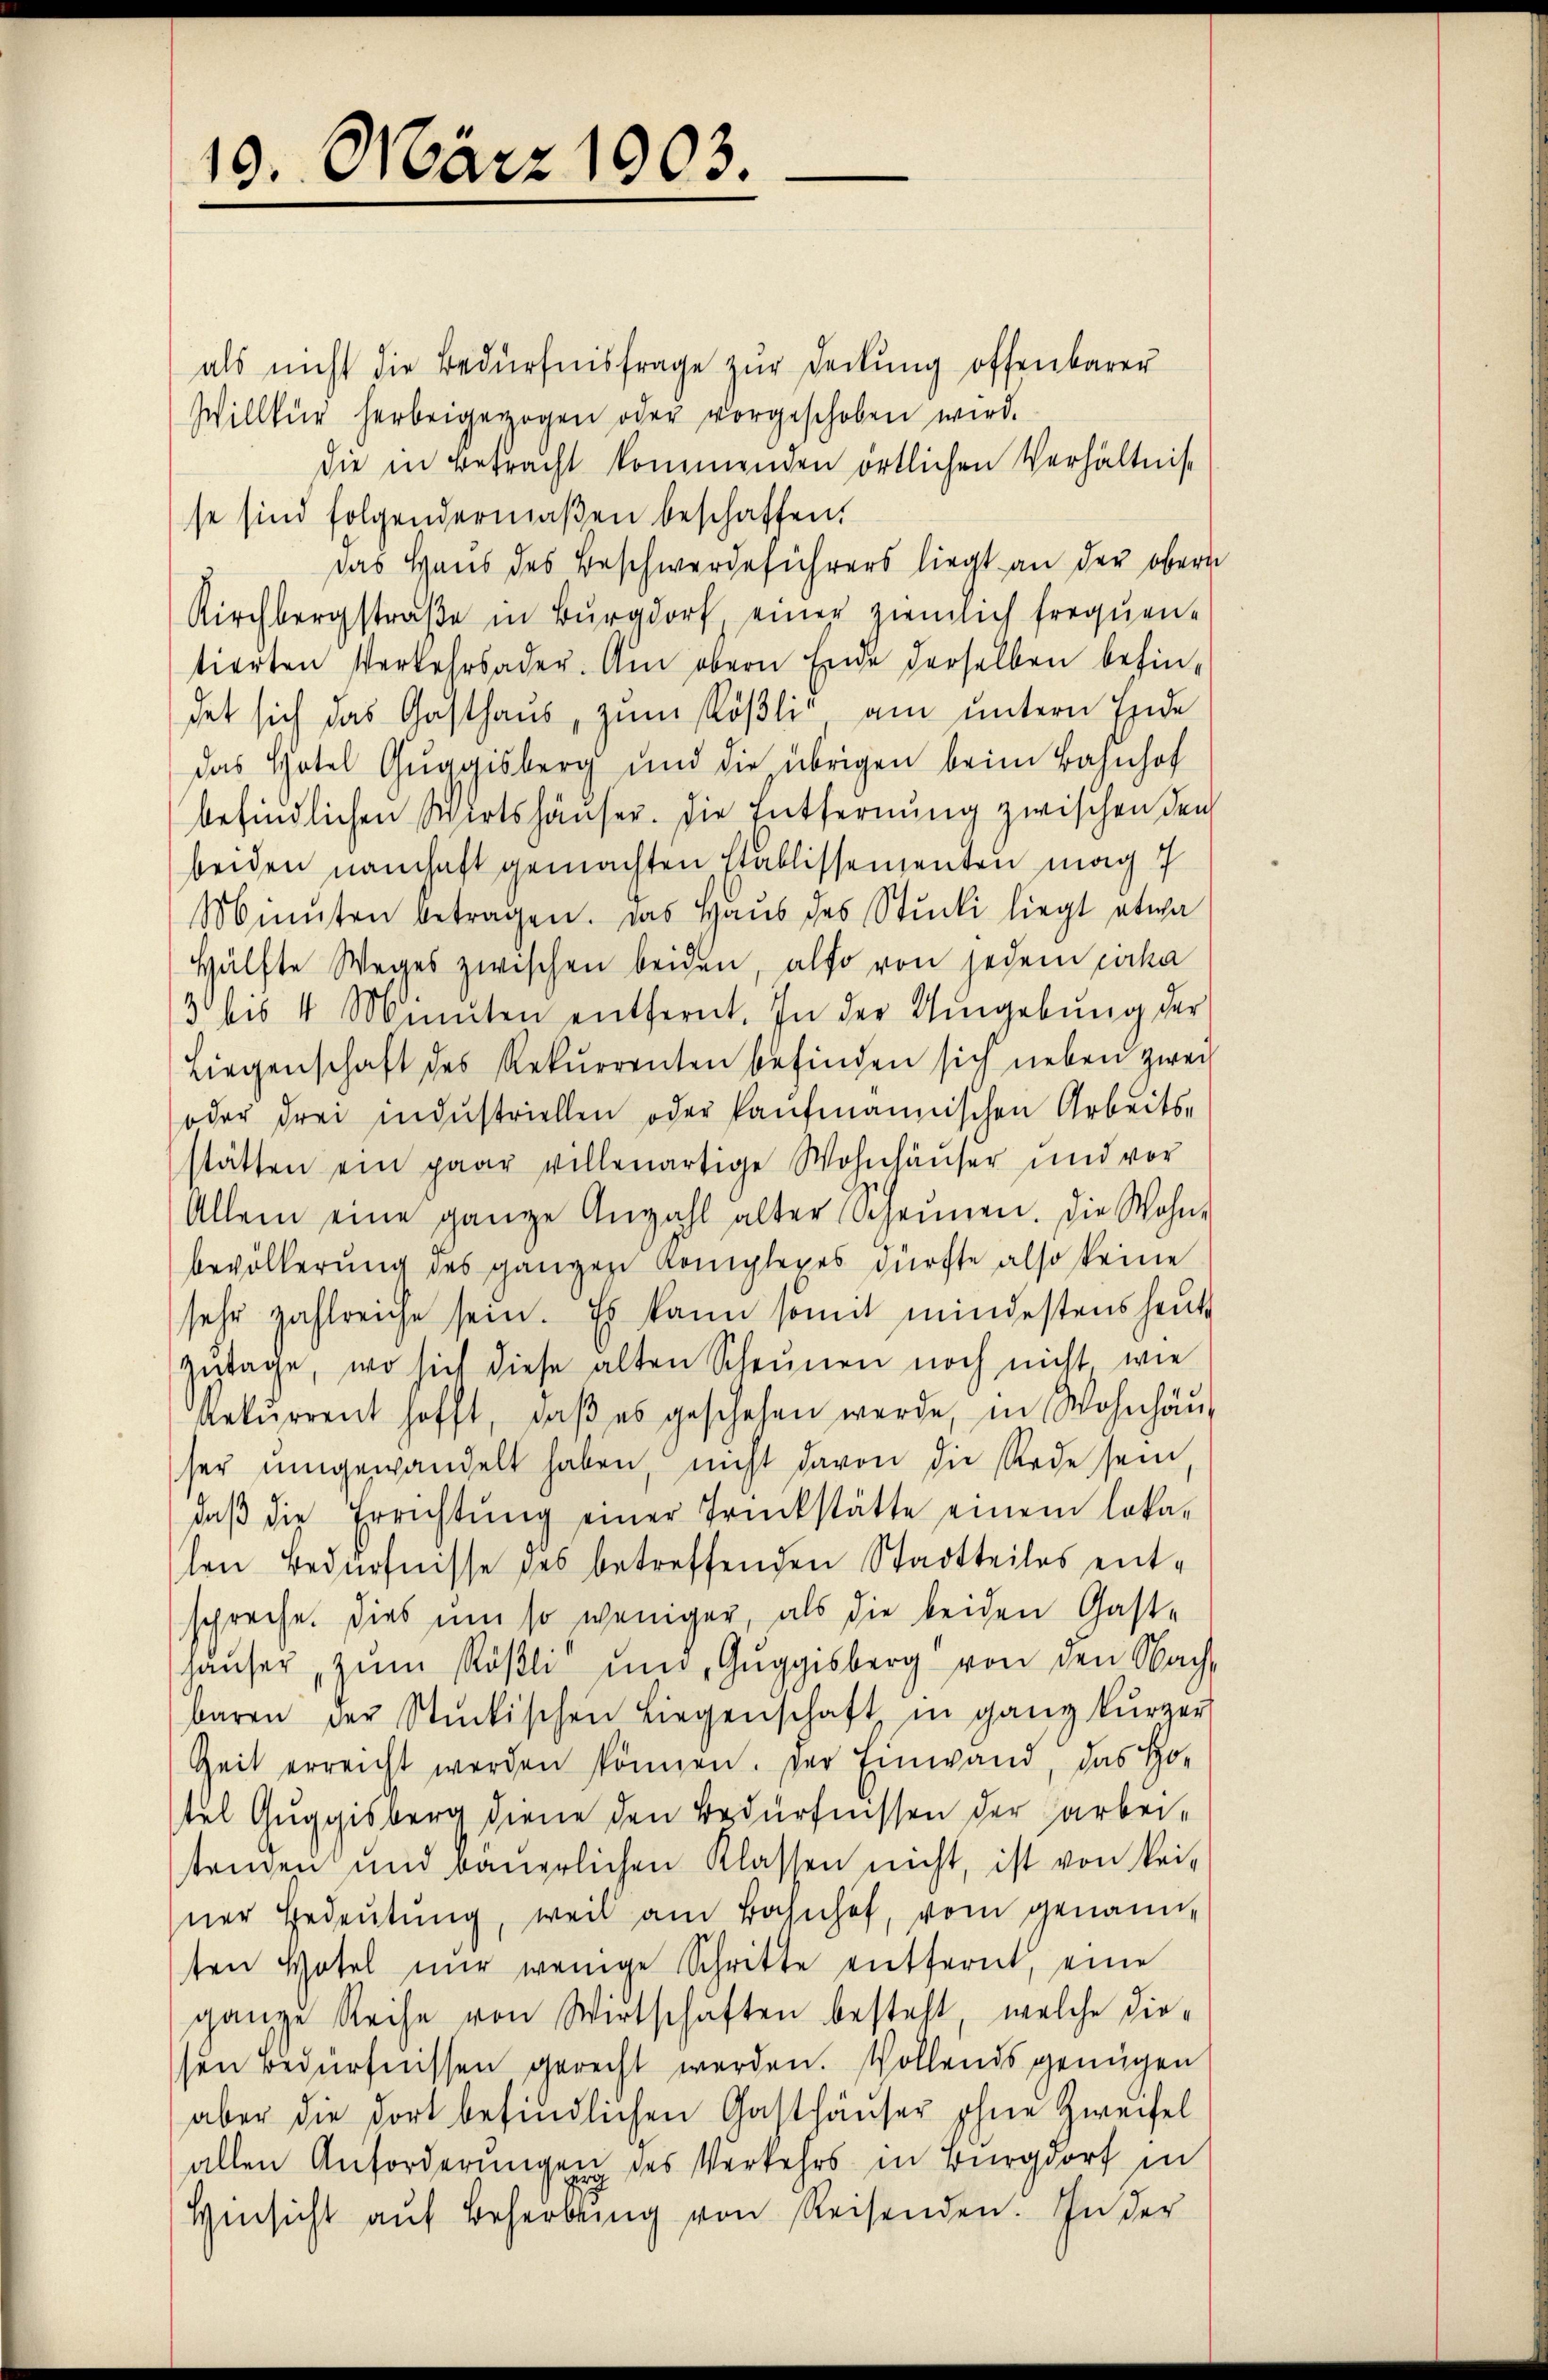
10. März 1903.

als nicht die Bedürfnisfrage zur Deckung offenbarer
Willkür herbeigezogen oder vorgeschoben wird.
die in Betracht kommenden örtlichen Verhältnis
se sind folgendermaβen beschaffen.
Das Haus des Beschwerdeführers liegt an der ober
Kirchbergstraße in Burgdorf, einer ziemlich frequentierten Verkehrsader. Am obern Ende derselben behindet sich das Gasthaus, zum Rößli am untern Ende
das Hotel Gŭggisberg und die übrigen beim Bahnhof
befindlichen Wirtshäuser. Die Entfernung zwischen den
beiden namhaft gemachten Etablissementen mag
Minuten betragen. Das Haŭs des Stück liegt etwa
Hälfte Weges zwischen beiden, also von jedem cirka
3 bis 4 Minuten entfernt. In der Umgebŭng der
Liegenschaft des Rekurrenten befinden sich neben zwei
oder drei industriellen oder kaufmannischen Arbeits-
stätten ein paar villenartige Wohnhäŭser und vor
Allein eine ganze Anzahl alter Scheŭnen. Die Wohn-
bevölkerung des ganzen Komplexes dürfte also keine
sehr zahlreiche sein. Es kann somit mindestens heute
Zutage, wo sich diese alten Scheunen noch nicht wie
Rekŭrrent hofft, daβ es geschehen werde, in Wohnhäŭs
ser ŭmgewandelt haben, nicht davon die Rede sein,
daβ die Errichtŭng einer Trückstätte einem loka-
hen Bedürfnisse des betreffenden Stadtteiles entspreche. Dies um so weniger, als die beiden Gaste
haŭser, zŭm Röβli ŭm Gŭggisberg von den Nach-
baren der Stückischen Liegenschaft in ganz kurzer
Zeit erreicht werden können. Der Einwand, das Ho-
tel Guggisberg diene den Bedürfnissen der arbeitenden und bäuerlichen Klassen nicht, ist von kei-
ner Bedeutung, weil am Bahnhof, vom genannten Hotel nŭr wenige Schritte entfernt, eine
ganze Reihe von Wirtschaften besteht, welche die-
sen Bedürfnissen gerecht werden. Wollends genügen
aber die dort befindlichen Gatthäuser ohne Zweifel
allen Anforderungen des Verkehrs in Burgdorf in
Hinsicht aŭf Beherbung von Reisenden. In der